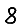
Digit: 8